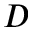
D